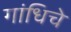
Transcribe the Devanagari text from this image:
गांधिचे